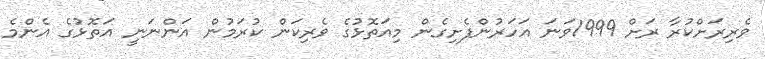
ވެރިރަށްކުރާ ރަށް 1999ވަނަ އަހަރުންފެށިގެން މިއަތޮޅުގެ ވެރިކަން ކުރަމުން އަންނަނީ އަތޮޅުގެ އެންމެ